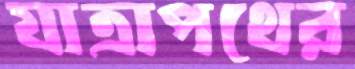
যাত্রাপথের